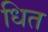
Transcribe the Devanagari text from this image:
धित